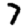
Digit: 7